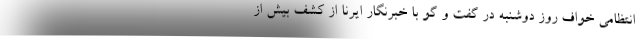
انتظامی خواف روز دوشنبه در گفت و گو با خبرنگار ایرنا از کشف بیش از